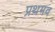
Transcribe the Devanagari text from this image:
प्रथमव